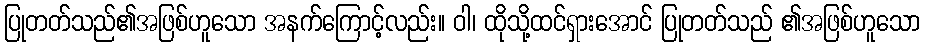
ပြုတတ်သည်၏အဖြစ်ဟူသော အနက်ကြောင့်လည်း။ ဝါ၊ ထိုသို့ထင်ရှားအောင် ပြုတတ်သည် ၏အဖြစ်ဟူသော